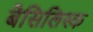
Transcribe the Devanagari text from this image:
बैसिलिस्क